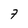
Character: 7